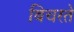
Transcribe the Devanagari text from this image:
बिचरते